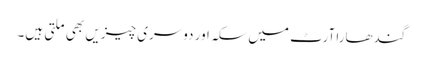
گندھارا آرٹ میں سکہ اور دوسری چیزیں بھی ملتی ہیں۔